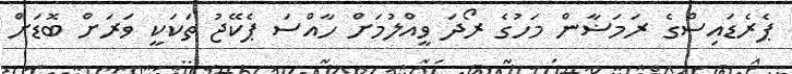
ޕެރެޑައިސްގެ ރަމަޟާން މަހުގެ ރޯދަ ވީއްލުމަށް ހާއްސަ ޕެކޭޖު ތަކަކީ ވަރަށް ބޮޑަށް